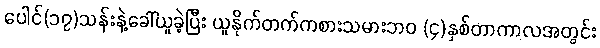
ပေါင်(၁၇)သန်းနဲ့ခေါ်ယူခဲ့ပြီး ယူနိုက်တက်ကစားသမားဘ၀ (၄)နှစ်တာကာလအတွင်း